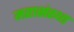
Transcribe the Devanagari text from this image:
महासंस्था